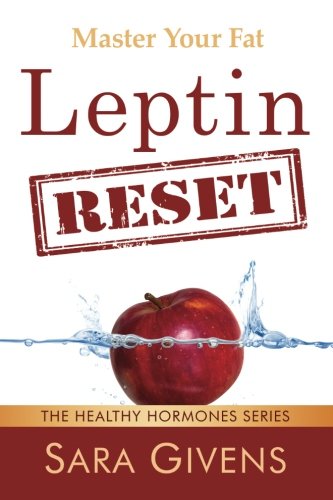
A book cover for Leptin Reset: 14 Days to Resetting Your Leptin and Turning Your Body Into a Fat-Burning Machine (Leptin Resistance, Leptin diet, Hormone Reset Diet, ... all grain, Ketogenic Diet, Atkins Diet); Sara Givens; Health, Fitness & Dieting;